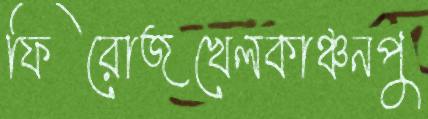
ফিরোজখেলকাঞ্চনপু